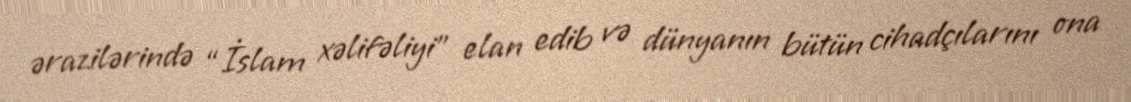
ərazilərində “İslam xəlifəliyi” elan edib və dünyanın bütün cihadçılarını ona